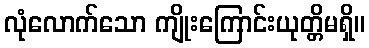
လုံလောက်သော ကျိုးကြောင်းယုတ္တိမရှိ။